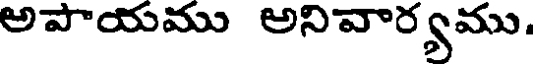
అపాయము అనివార్యము.